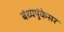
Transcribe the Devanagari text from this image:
बंध्यपुंकेसर